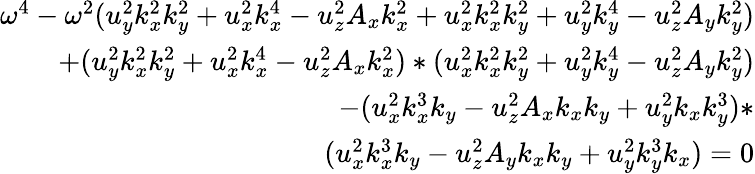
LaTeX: \begin{array}{r}{\omega^{4}-\omega^{2}(u_{y}^{2}k_{x}^{2}k_{y}^{2}+u_{x}^{2}k_{x}^{4}-u_{z}^{2}A_{x}k_{x}^{2}+u_{x}^{2}k_{x}^{2}k_{y}^{2}+u_{y}^{2}k_{y}^{4}-u_{z}^{2}A_{y}k_{y}^{2})}\\ {+(u_{y}^{2}k_{x}^{2}k_{y}^{2}+u_{x}^{2}k_{x}^{4}-u_{z}^{2}A_{x}k_{x}^{2})*(u_{x}^{2}k_{x}^{2}k_{y}^{2}+u_{y}^{2}k_{y}^{4}-u_{z}^{2}A_{y}k_{y}^{2})}\\ {-(u_{x}^{2}k_{x}^{3}k_{y}-u_{z}^{2}A_{x}k_{x}k_{y}+u_{y}^{2}k_{x}k_{y}^{3})*}\\ {(u_{x}^{2}k_{x}^{3}k_{y}-u_{z}^{2}A_{y}k_{x}k_{y}+u_{y}^{2}k_{y}^{3}k_{x})=0}\end{array}